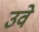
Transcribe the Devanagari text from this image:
उवे